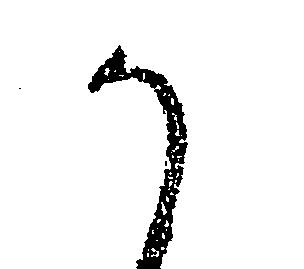
か